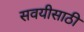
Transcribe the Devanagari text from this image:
सवयीसाठी